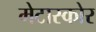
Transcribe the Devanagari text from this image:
मेटास्कोर